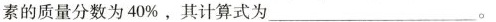
素的质量分数为40%。其计算式为___。